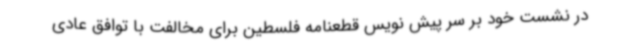
در نشست خود بر سر پیش نویس قطعنامه فلسطین برای مخالفت با توافق عادی